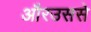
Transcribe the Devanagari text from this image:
औरउससे